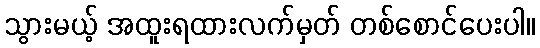
သွားမယ့် အထူးရထားလက်မှတ် တစ်စောင်ပေးပါ။